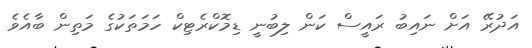
އަދުރޭ އަށް ނައިބު ރައީސް ކަން ލިބުނީ ޑިމޮކްރެޓިކް ހަމަތަކުގެ މަތިން ބާއެވެ